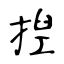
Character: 揑